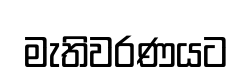
මැතිවරණයට